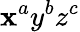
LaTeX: \mathbf{x}^{a}y^{b}z^{c}